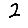
Digit: 2